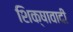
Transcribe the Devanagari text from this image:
शिक्षावादी